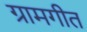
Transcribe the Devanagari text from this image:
ग्रामगीत